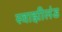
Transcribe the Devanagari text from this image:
स्वाझीलंड